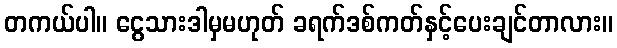
တကယ်ပါ။ ငွေသားဒါမှမဟုတ် ခရက်ဒစ်ကတ်နှင့်ပေးချင်တာလား။